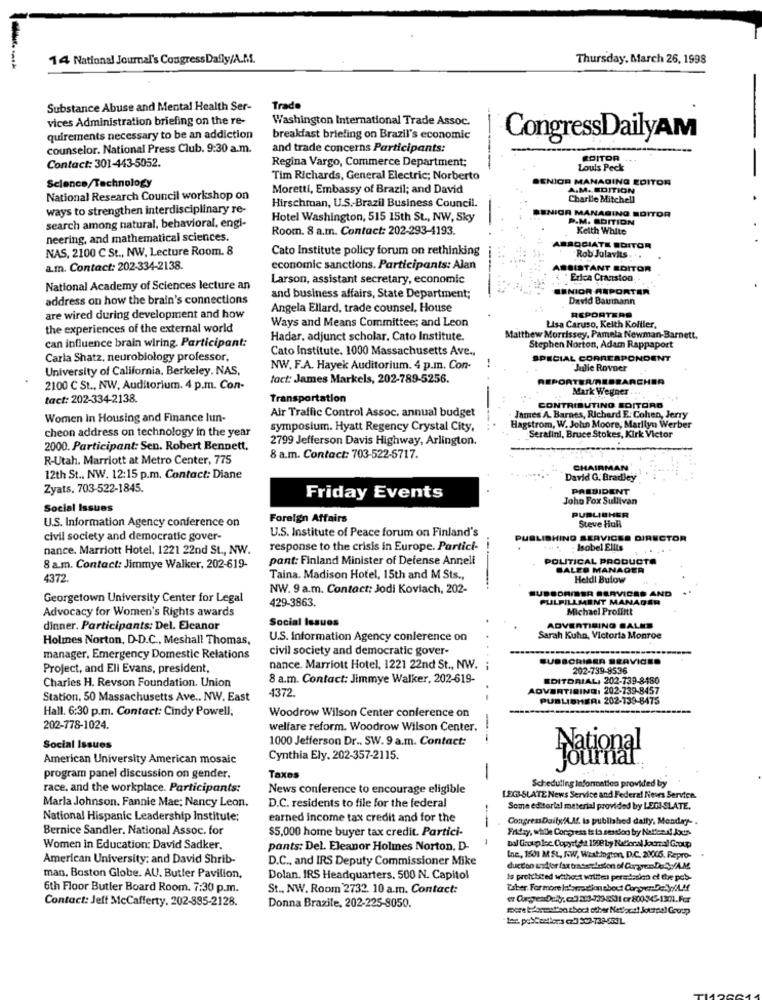
14 National Journal's Congress Dafly/A.M ..
Thursday, March 26, 1998
Substance Abuse and Mental Health Ser-
Trade
vices Administration briefing on the re-
Washington International Trade Assoc.
quirements necessary to be an addiction
breakfast briefing on Brazil's economic
CongressDailyAM
counselor. National Press Club. 9:30 a.m.
and trade concerns Participants:
Regina Vargo, Commerce Department:
ROITOR
Contact: 301-443-5052.
Louis Peck
Tim Richards, General Electric; Norberto
SENIOR MANAGING EDITOR
Science/Technology
Moretti, Embassy of Brazil; and David
A.M. EDITION
National Research Council workshop on
Charlie Mitchell
ways to strengthen interdisciplinary re-
Hirschman, U.S .- Brazil Business Council.
-
Hotel Washington, 515 15th St ., NW, Sky
SENIOR MANAGING EDITOR
P.M. SDITION
search among natural, behavioral, engi-
Room. 8 a.m. Contact: 202-293-4193.
Keith White
neering, and mathematical sciences.
NAS, 2100 C St ., NW, Lecture Room. 8
Cato Institute policy forum on rethinking
IROCIATE EDITOR
Rob Julavits
a.m. Contact: 202-334-2138.
economic sanctions. Participants: Alan
SEISTANT ROITOR
Larson, assistant secretary, economic
Erica Cranston
National Academy of Sciences lecture an
SENIOR ANPORTER
address on how the brain's connections
and business affairs, State Department;
David Baumann
Angela Ellard, trade counsel, House
REPORTERO
are wired during development and how
Ways and Means Committee; and Leon
the experiences of the external world
Lisa Caruso, Keith Koffler,
Hadar, adjunct scholar. Cato Institute.
Matthew Morrissey, Pamela Newman-Barnett.
can influence brain wiring. Participant:
Cato Institute, 1000 Massachusetts Ave .,
Stephen Norton, Adam Rappaport
Carla Shatz, neurobiology professor,
..
SPECIAL CORRESPONDENT
University of California, Berkeley. NAS.
NW. F.A. Hayek Auditorium. 4 p.m. Con-
Jadie RovDer
tact: James Markels, 202-789-5256.
2100 C St ., NW, Auditorium. 4 p.m. Con-
Mark Wegner .
tact: 202-334-2138
Transportation
Air Traffic Control Assoc. annual budget
CONTRIBUTING EDITORG
Women In Housing and Finance lun-
James A. Barnes, Richard E. Cohen, Jerry
cheon address on technology in the year
symposium. Hyatt Regency Crystal City,
Hagstrom, W. John Moore, Marilyn Werber
2799 Jefferson Davis Highway, Arlington.
Serafini, Bruce Stokes, Kirk Victor
2000. Participant: Sen. Robert Bennett,
R-Utah. Marriott at Metro Center, 775
8 a.m. Contact: 703-522-5717.
CHAIRMAN
12th St ., NW. 12:15 p.m. Contact: Diane
David G. Bradley
Zyats, 703-522-1845.
PRESIDENT
Friday Events
Joho Fox Sullivan
Social Issues
PUBLISHER
U.S. Information Agency conference on
Foreign Affairs
U.S. Institute of Peace forum on Finland's
Steve Hull
civil society and democratic gover-
PUBLISHING SERVICES DIRECTOR
nance. Marriott Hotel, 1221 22nd St ., NW.
response to the crisis in Europe. Partici-
--
Isobel Ellts
pant: Finland Minister of Defense Anneli
POLITICAL PRODUCTO
8 a.m. Contact: Jimmye Walker, 202-619-
SALES MANAGER
4372.
Taina. Madison Hotel, 15th and M Sts .,
Heldl Bulow
NW. 9 a.m. Contact: Jodi Koviach, 202-
SUBSDAINER SERVICES AND
Georgetown University Center for Legal
429-3863.
FULFILLMENT MANAGER
Advocacy for Women's Rights awards
Michael Proffitt
Social Issues
dinner. Participants: Del. Eleanor
ADVERTISING SALES
Holmes Norton, D-D.C ., Meshall Thomas,
U.S. Information Agency conference on
Sarah Kuhn, Victoria Monroe
civil society and democratic gover-
manager, Emergency Domestic Relations
SUBSCRIBEA SRAVICEO
Project, and Ell Evans, president,
nance. Marriott Hotel, 1221 22nd St ., NW.
202-739-8536
Charles H. Revson Foundation. Union
8 a.m. Contact: Jimmye Walker, 202-619-
EDITORIAL, 202-739-8480
4372.
ADVERTISING, 202-739-8457
Station. 50 Massachusetts Ave .. NW. East
.-
PUBLISHER: 202-739-8475
Hall. 6:30 p.m. Contact: Cindy Powell,
-
Woodrow Wilson Center conference on
202-778-1024.
welfare reform. Woodrow Wilson Center.
1000 Jefferson Dr .. SW. 9 a.m. Contact:
---
Social Issues
American University American mosaic
Cynthia Ely. 202-357-2115.
National
program panel discussion on gender.
Taxes
-
race, and the workplace. Participants:
News conference to encourage eligible
Scheduling Information provided by
Marla Johnson. Fannie Mae; Nancy Leon.
D.C. residents to file for the federal
LEG-SLATE News Service and Federal Nieves Service.
Some editorial material provided by LEGISLATE.
National Hispanic Leadership Institute;
earned income tax credit and for the
Congress Daily/A.Af. Is published daily, Monday -.
Bernice Sandler. National Assoc. for
$5,000 home buyer tax credit. Partici-
Friday, while Congress is la session by Natfenn! Jods
-
Women in Education: David Sadker,
pants: Del. Eleanor Holmes Norton, D-
Dal firoup loc Copyrt da 1998 by National Journal Group
American University: and David Shrib-
D.C ., and IRS Deputy Commissioner Mike
Ine, 1501 M St, RW, Waxt:ington, D.C. 2006. Repro-
duction andler fax traescolaston of CorpretaSAM
man, Boston Globe. AU. Butler Pavilion,
Dolan. IRS Headquarters. 500 N. Capitol
Is prohibited without wolltest persdesign of the pcb-
6th Floor Butler Board Room. 7:30 p.m.
St ., NW. Room 2732. 10 a.m. Contact:
Contact: Jeff McCafferty. 202-895-2128.
er Carpes Delty, co35:3-7398531 er 80034-1301.Fcr
Donna Brazile, 202-225-8050.